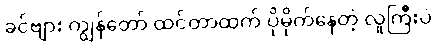
ခင်ဗျား ကျွန်တော် ထင်တာထက် ပိုမိုက်နေတဲ့ လူကြီးပဲ